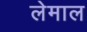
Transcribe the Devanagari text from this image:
लेमाल